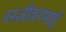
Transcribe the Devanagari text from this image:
ननजीवनभाई